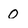
Character: 0